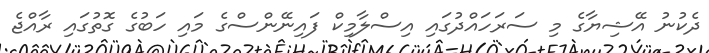
ދެކުނު އޭޝިޔާގެ މި ސަރަހައްދުގައި އިސްލާމިކް ފައިނޭންސްގެ މައި ހަބުގެ ގޮތުގައި ރާއްޖެ